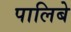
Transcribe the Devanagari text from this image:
पालिबे